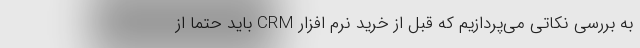
به بررسی نکاتی می‌پردازیم که قبل از خرید نرم افزار CRM باید حتما از